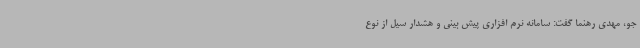
جو، مهدی رهنما گفت: سامانه‌ نرم افزاری پیش بینی و هشدار سیل از نوع